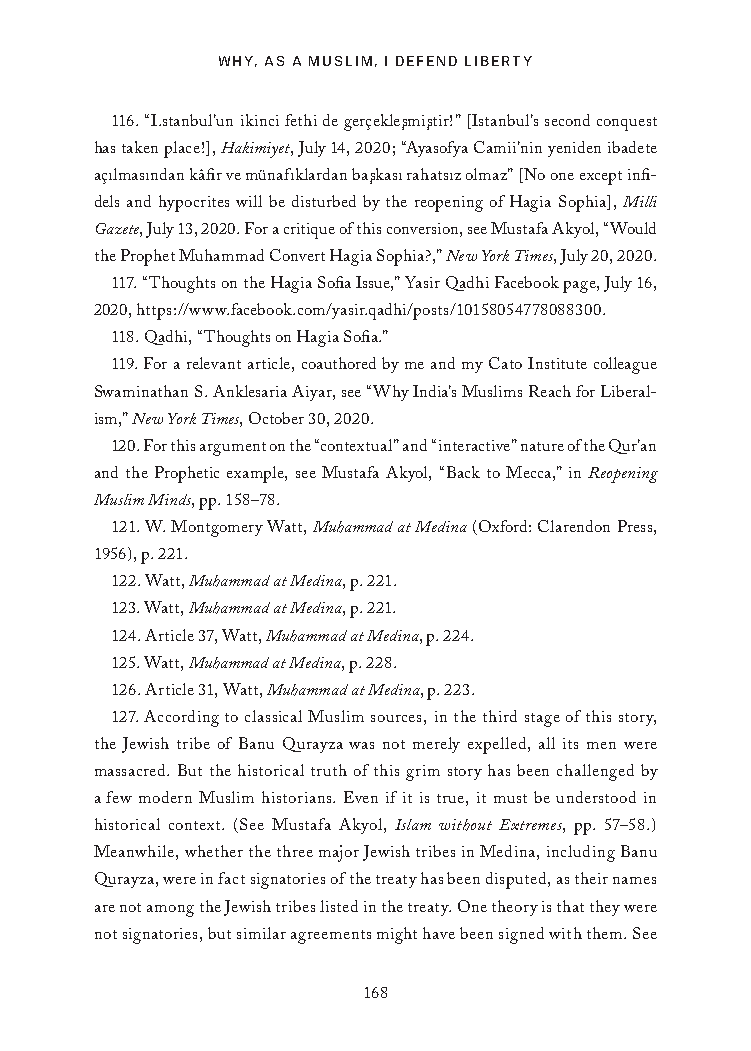
WHY, AS A MUSLIM, I DEFEND LIBERTY
 116. “I.stanbul’un ikinci fethi de gerçekles¸mis¸tir!” [Istanbul’s second conquest
 has taken place!], Hakimiyet, July 14, 2020; “Ayasofya Camii’nin yeniden ibadete
 açılmasından kâfir ve münafıklardan bas¸kası rahatsız olmaz” [No one except infi-
 dels and hypocrites will be disturbed by the reopening of Hagia Sophia], Milli
 Gazete, July 13, 2020. For a critique of this conversion, see Mustafa Akyol, “Would
 the Prophet Muhammad Convert Hagia Sophia?,” New York Times, July 20, 2020.
 117. “Thoughts on the Hagia Sofia Issue,” Yasir Qadhi Facebook page, July 16,
 2020, https://www.facebook.com/yasir.qadhi/posts/10158054778088300.
 118. Qadhi, “Thoughts on Hagia Sofia.”
 119. For a relevant article, coauthored by me and my Cato Institute colleague
 Swaminathan S. Anklesaria Aiyar, see “Why India’s Muslims Reach for Liberal-
 ism,” New York Times, October 30, 2020.
 120. For this argument on the “contextual” and “interactive” nature of the Qur’an
 and the Prophetic example, see Mustafa Akyol, “Back to Mecca,” in Reopening
 Muslim Minds, pp. 158–78.
 121. W. Montgomery Watt, Muhammad at Medina (Oxford: Clarendon Press,
 1956), p. 221.
 122. Watt, Muhammad at Medina, p. 221.
 123. Watt, Muhammad at Medina, p. 221.
 124. Article 37, Watt, Muhammad at Medina, p. 224.
 125. Watt, Muhammad at Medina, p. 228.
 126. Article 31, Watt, Muhammad at Medina, p. 223.
 127. According to classical Muslim sources, in the third stage of this story,
 the Jewish tribe of Banu Qurayza was not merely expelled, all its men were
 massacred. But the historical truth of this grim story has been challenged by
 a few modern Muslim historians. Even if it is true, it must be understood in
 historical context. (See Mustafa Akyol, Islam without Extremes, pp. 57–58.)
 Meanwhile, whether the three major Jewish tribes in Medina, including Banu
 Qurayza, were in fact signatories of the treaty has been disputed, as their names
 are not among the Jewish tribes listed in the treaty. One theory is that they were
 not signatories, but similar agreements might have been signed with them. See
 168
 25320_Ch12_Notes.indd 168              24/06/2021 10:34 AM